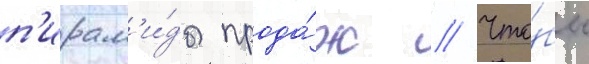
п'ирам'и́ды прода́ж // Что́бы